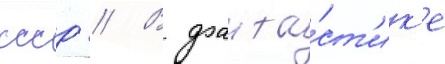
ссср // В фанта́ст'ик'е